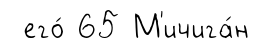
его́ 65 М'ичига́н